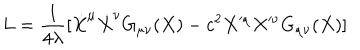
L = { \frac { 1 } { 4 { \lambda } } } [ { \dot { X } ^ { \mu } } { \dot { X } ^ { \nu } } G _ { \mu \nu } ( X ) - c ^ { 2 } { X ^ { \mu } } { X ^ { \nu } } G _ { \mu \nu } ( X ) ]